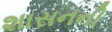
શાસનની